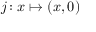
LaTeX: j \colon x \mapsto ( x , 0 )